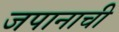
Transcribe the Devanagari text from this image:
जपानाची